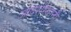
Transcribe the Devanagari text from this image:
आदर्शस्थानी